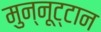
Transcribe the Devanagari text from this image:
मुन्नूट्टान